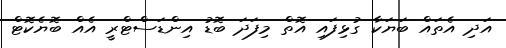
އަދި އެތައް ބަޔަކާ ގުޅިފައި އޮތް މިފަދަ ބޮޑު އިންޑަސްޓްރީ އެއް ބޮޔެކޮޓް